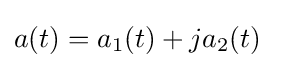
a(t)=a_{1}(t)+ja_{2}(t)\